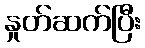
နှုတ်ဆက်ပြီး